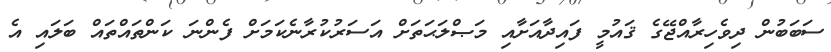
ސަބަބުން ދިވެހިރާއްޖޭގެ ޤައުމީ ފައިދާއަށާއި މަޞްލަޙަތަށް އަސަރުކުރާނެކަމަށް ފެންނަ ކަންތައްތައް ބަލައި އެ